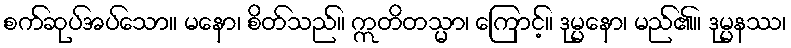
စက်ဆုပ်အပ်သော။ မနော၊ စိတ်သည်။ ဣတိတသ္မာ၊ ကြောင့်။ ဒုမ္မနော၊ မည်၏။ ဒုမ္မနဿ၊